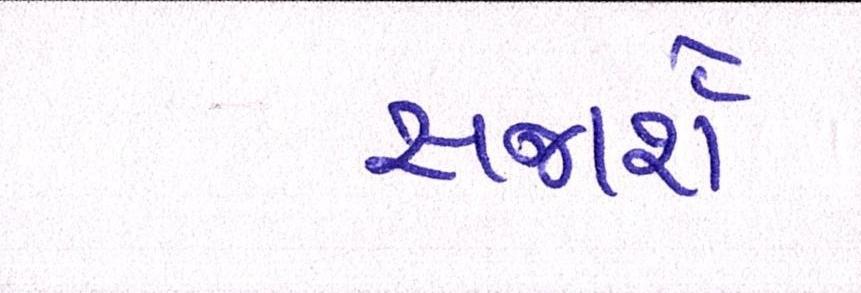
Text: સજાર્શેઃ